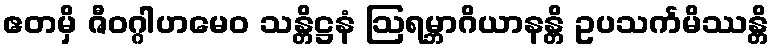
ဧတမှိ ဇီဝဂ္ဂါဟမေဝ သန္တိဋ္ဌနံ ဩရမ္ဘာဂိယာနန္တိ ဥပသင်္ကမိဿန္တိ